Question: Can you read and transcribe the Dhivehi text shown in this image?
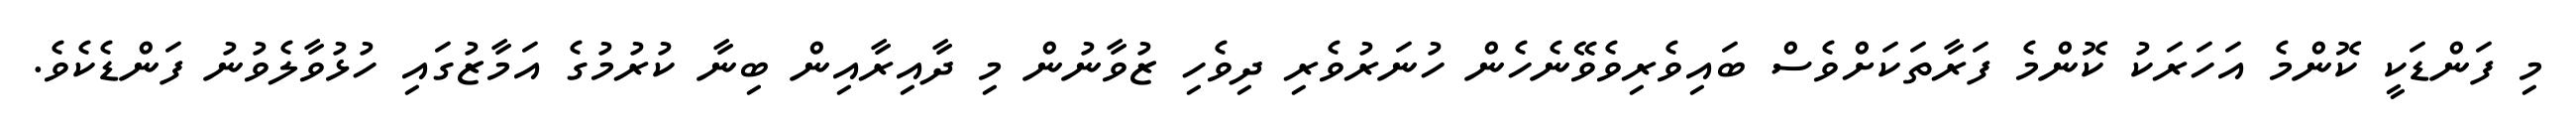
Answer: މި ފަންޑަކީ ކޮންމެ އަހަރަކު ކޮންމެ ފަރާތަކަށްވެސް ބައިވެރިވެވޭނެހެން ހުނަރުވެރި ދިވެހި ޒުވާނުން މި ދާއިރާއިން ބިނާ ކުރުމުގެ އަމާޒުގައި ހުޅުވާލެވުނު ފަންޑެކެވެ.